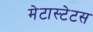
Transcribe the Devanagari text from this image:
मेटास्टेटस